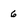
Character: 6